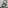
Text: 8